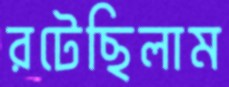
রটেছিলাম